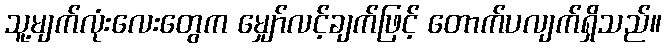
သူ့မျက်လုံးလေးတွေက မျှော်လင့်ချက်ဖြင့် တောက်ပလျက်ရှိသည်။